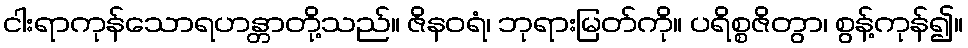
ငါးရာကုန်သောရဟန္တာတို့သည်။ ဇိနဝရံ၊ ဘုရားမြတ်ကို။ ပရိစ္စဇိတွာ၊ စွန့်ကုန်၍။